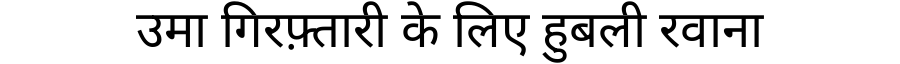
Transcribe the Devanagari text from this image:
उमा गिरफ़्तारी के लिए हुबली रवाना